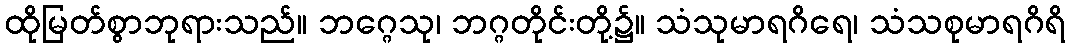
ထိုမြတ်စွာဘုရားသည်။ ဘဂ္ဂေသု၊ ဘဂ္ဂတိုင်းတို့၌။ သံသုမာရဂိရေ၊ သံသစုမာရဂိရိ